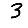
Digit: 3